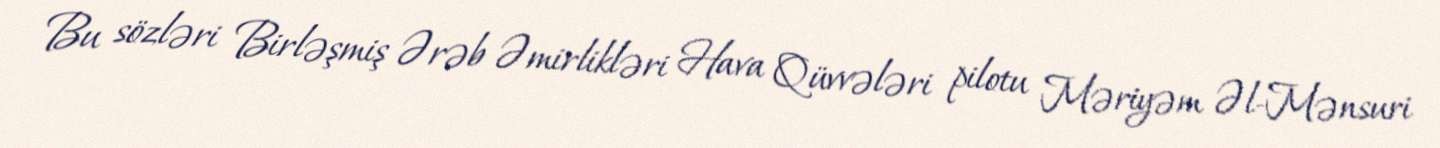
Bu sözləri Birləşmiş Ərəb Əmirlikləri Hava Qüvvələri pilotu Məriyəm Əl-Mənsuri